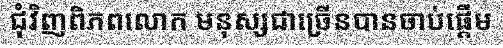
ជុំវិញពិភពលោក មនុស្សជាច្រើនបានចាប់ផ្តើម